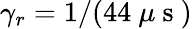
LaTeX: \gamma_{r}=1/(44~\mu\mathrm{~s~})